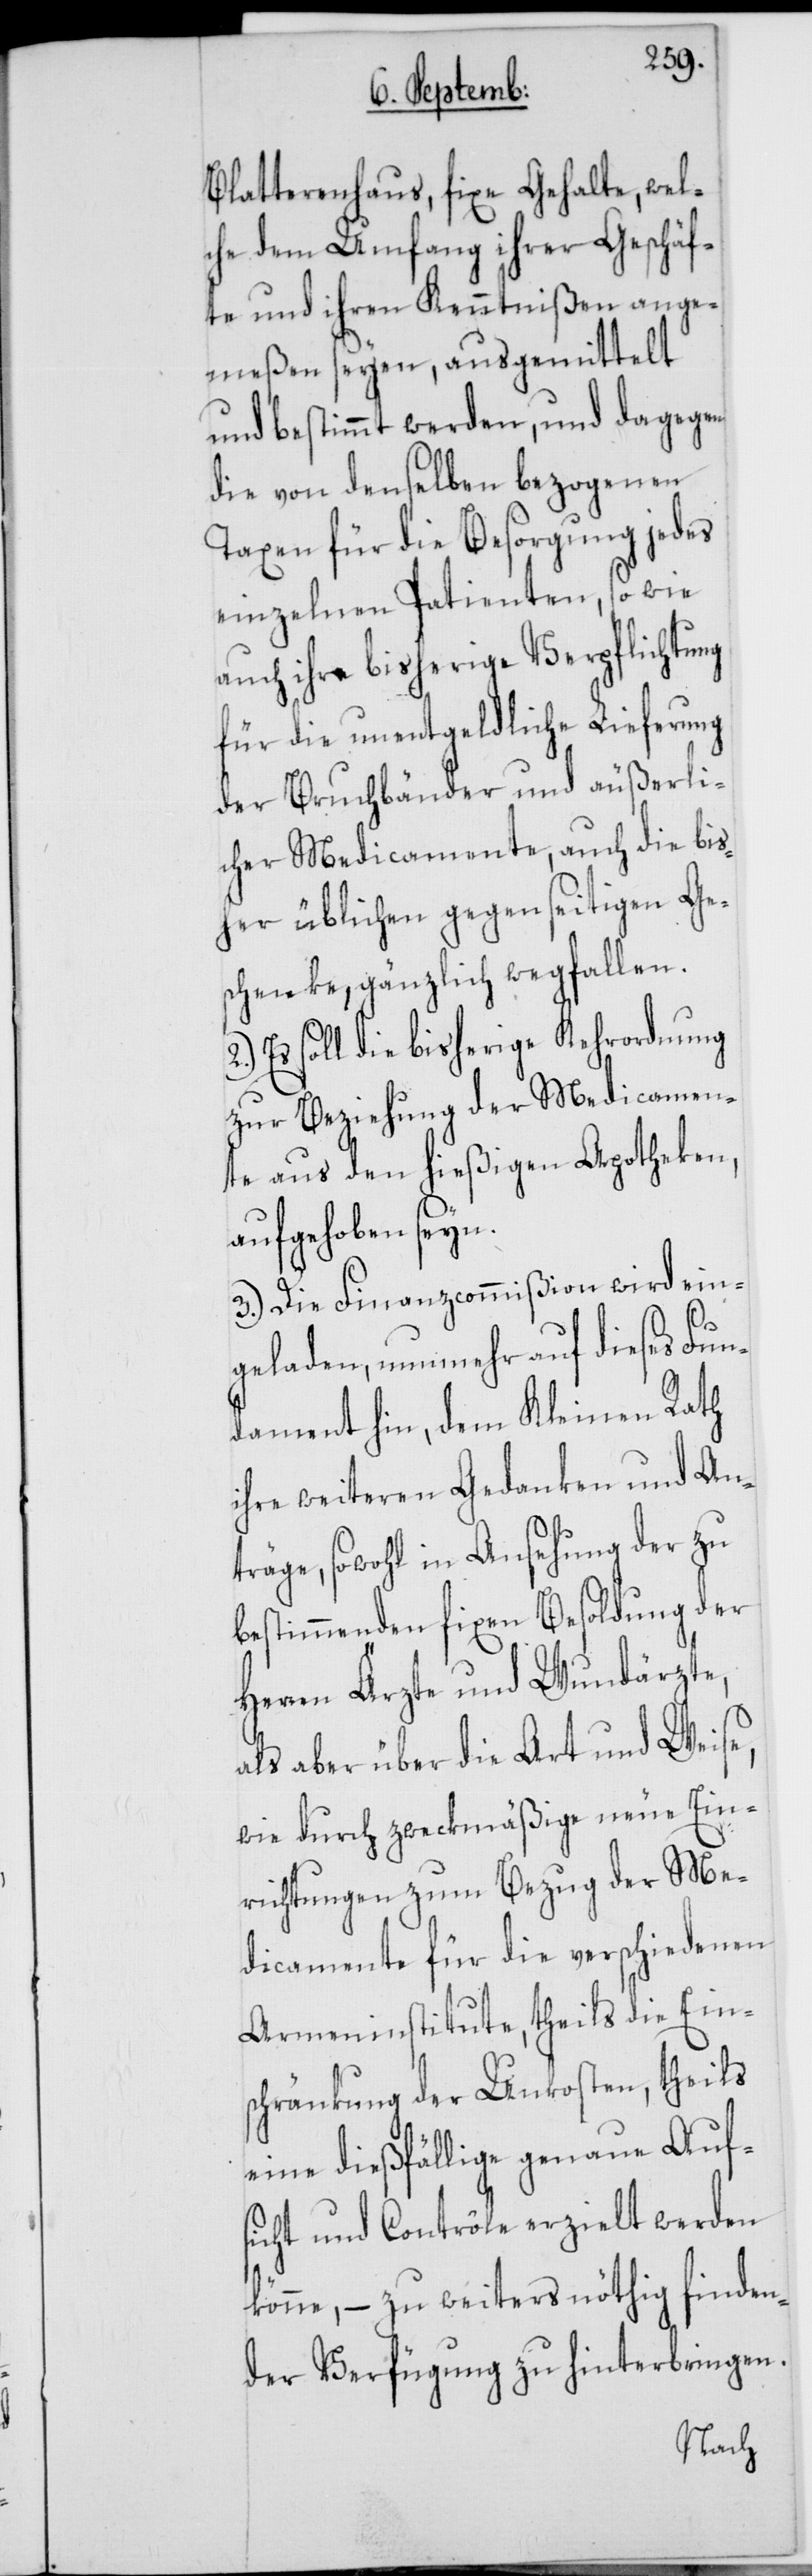
Blatterenhaus, fixe Gehalte, wel¬
che dem Umfang ihrer Geschäf¬
te und ihren Kenntnißen ange¬
meßen seyen, ausgemittelt
und bestimmt werden, und dagegen
die von denselben bezogenen
Taxen für die Besorgung jedes
einzelnen Patienten, so wie
auch ihre bisherige Verpflichtung
für die unentgeldliche Lieferung
der Bruchbänder und äußerli¬
cher Medicamente, auch die bis¬
her üblichen gegenseitigen Ge¬
schenke, gänzlich wegfallen.
Es soll die bisherige Kehrordnung
zur Beziehung der Medicamen¬
te aus den hießigen Apotheken,
aufgehoben seyn.
3.) Die Finanzcommißion wird ein¬
geladen, nunmehr auf dieses Fun¬
dament hin, dem Kleinen Rath
ihre weiteren Gedanken und An¬
träge, sowohl in Ansehung der zu
bestimmenden fixen Besoldung der
Herren Ärzte und Wundärzte,
als aber über die Art und Weise,
wie durch zweckmäßige neue Ein¬
richtungen zum Bezug der Me¬
dicamente für die verschiedenen
Armeninstitute, theils die Eins¬
chränkung der Unkosten, theils
eine dießfällige genaue Auf¬
sicht und Contrôle erzielt werden
könne, – zu weiters nöthig finden¬
der Verfügung zu hinterbringen.